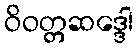
ဝိဝတ္တဆဒ္ဒေါ